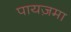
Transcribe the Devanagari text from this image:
पायज़मा